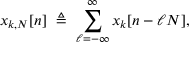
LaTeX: x _ { k , N } [ n ] \ \triangleq \ \sum _ { \ell = - \infty } ^ { \infty } x _ { k } [ n - \ell N ] ,